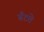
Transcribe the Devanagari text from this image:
बँटते